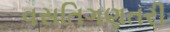
વસતિગણતરી